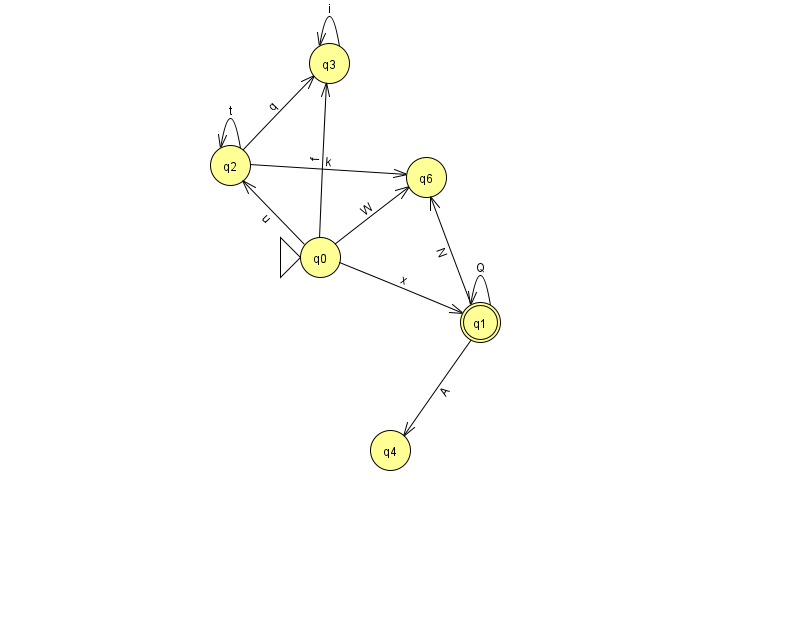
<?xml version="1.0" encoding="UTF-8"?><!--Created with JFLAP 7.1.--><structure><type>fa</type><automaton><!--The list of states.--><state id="0" name="q0"><x>320.0</x><y>244.0</y><initial/></state><state id="1" name="q1"><x>480.0</x><y>309.0</y><final/></state><state id="2" name="q2"><x>230.0</x><y>152.0</y></state><state id="3" name="q3"><x>329.0</x><y>50.0</y></state><state id="4" name="q4"><x>390.0</x><y>437.0</y></state><state id="6" name="q6"><x>426.0</x><y>164.0</y></state><!--The list of transitions.--><transition><from>1</from><to>1</to><read>Q</read></transition><transition><from>2</from><to>2</to><read>t</read></transition><transition><from>0</from><to>2</to><read>u</read></transition><transition><from>0</from><to>6</to><read>W</read></transition><transition><from>0</from><to>3</to><read>f</read></transition><transition><from>3</from><to>3</to><read>i</read></transition><transition><from>1</from><to>6</to><read>N</read></transition><transition><from>2</from><to>6</to><read>k</read></transition><transition><from>0</from><to>1</to><read>x</read></transition><transition><from>1</from><to>4</to><read>A</read></transition><transition><from>2</from><to>3</to><read>q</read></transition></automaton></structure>